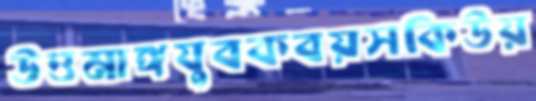
উত্তমাঙ্গযুবকবয়সকিউয়